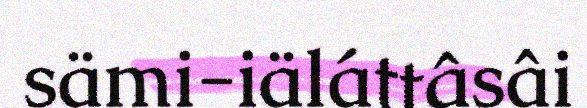
sämi-iäláttâsâi